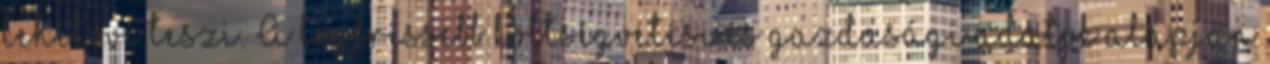
lehetővé teszi. A legfrissebb költségvetési és gazdasági adatok alapján